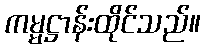
ကမ္မဋ္ဌာန်းထိုင်သည်။